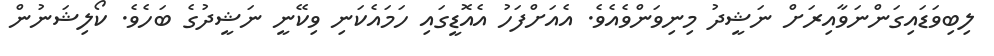
ލިބިވަޑައިގަންނަވާއިރަށް ނަޝީދު މިނިވަންވެއެވެ. އެއަށްފަހު އެއޮޑީގައި ހަމައެކަނި ވިކޭނީ ނަޝީދުގެ ބަހެވެ. ކޯލިޝަނުން